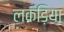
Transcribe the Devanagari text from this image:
लकड़िया